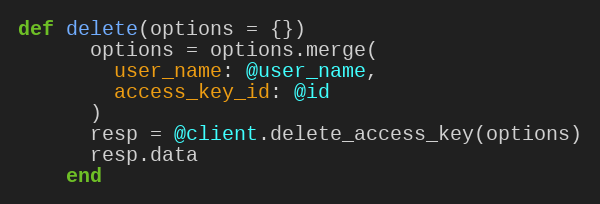
Language: Ruby
def delete(options = {})
      options = options.merge(
        user_name: @user_name,
        access_key_id: @id
      )
      resp = @client.delete_access_key(options)
      resp.data
    end